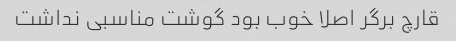
قارچ برگر اصلا خوب بود گوشت مناسبی نداشت